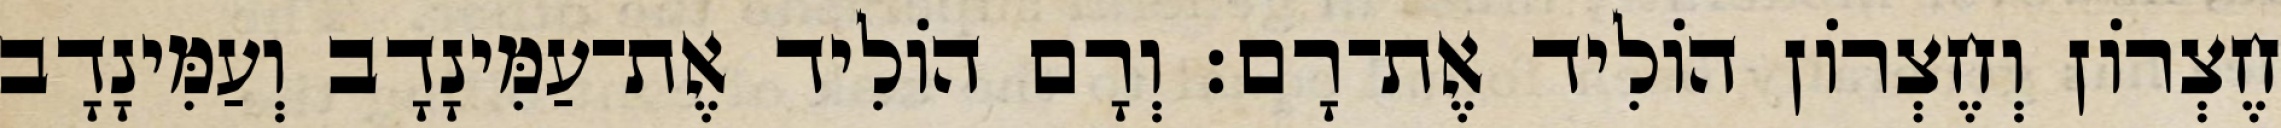
חֶצְרוֹן וְחֶצְרוֹן הוֹלִיד אֶת־רָם׃ וְרָם הוֹלִיד אֶת־עַמִּינָדָב וְעַמִּינָדָב